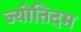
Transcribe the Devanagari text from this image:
ज्योतिदम